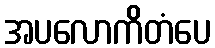
အပလောကိတံပေ